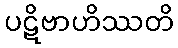
ပဋိဗာဟိဿတိ